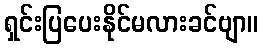
ရှင်းပြပေးနိုင်မလားခင်ဗျာ။